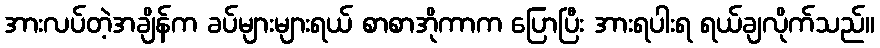
အားလပ်တဲ့အချိန်က ခပ်များများရယ် စာစာအိုကာက ပြောပြီး အားရပါးရ ရယ်ချလိုက်သည်။